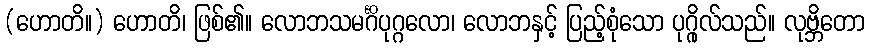
(ဟောတိ။) ဟောတိ၊ ဖြစ်၏။ လောဘသမင်္ဂိပုဂ္ဂလော၊ လောဘနှင့် ပြည့်စုံသော ပုဂ္ဂိုလ်သည်။ လုဗ္ဘိတော